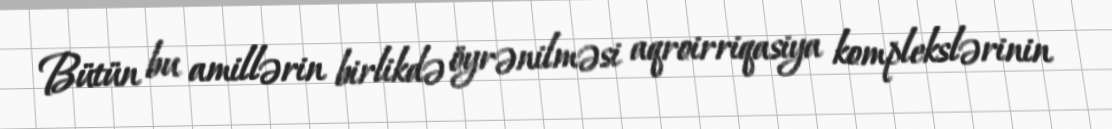
Bütün bu amillərin birlikdə öyrənilməsi aqroirriqasiya komplekslərinin